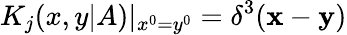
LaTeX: K_{j}(x,y|A)|_{x^{0}=y^{0}}=\delta^{3}({\mathbf x}-{\mathbf y})